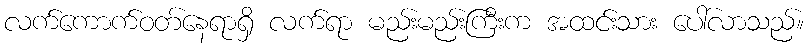
လက်ကောက်ဝတ်နေရာရှိ လက်ရာ မည်းမည်းကြီးက အထင်းသား ပေါ်လာသည်။